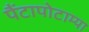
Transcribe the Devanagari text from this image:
पैंटापोटाम्या